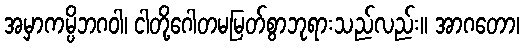
အမှာကမ္ပိဘဂဝါ၊ ငါတို့ဂေါတမမြတ်စွာဘုရားသည်လည်း။ အာဂတော၊